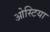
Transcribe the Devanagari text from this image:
ओस्टिया